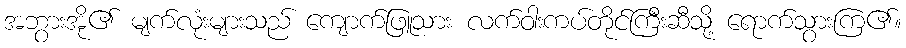
အဘွားအို၏ မျက်လုံးများသည် ကျောက်ဖြူသား လက်ဝါးကပ်တိုင်ကြီးဆီသို့ ရောက်သွားကြ၏။